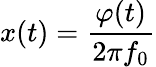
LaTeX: x(t)=\frac{\varphi(t)}{2\pi f_{0}}